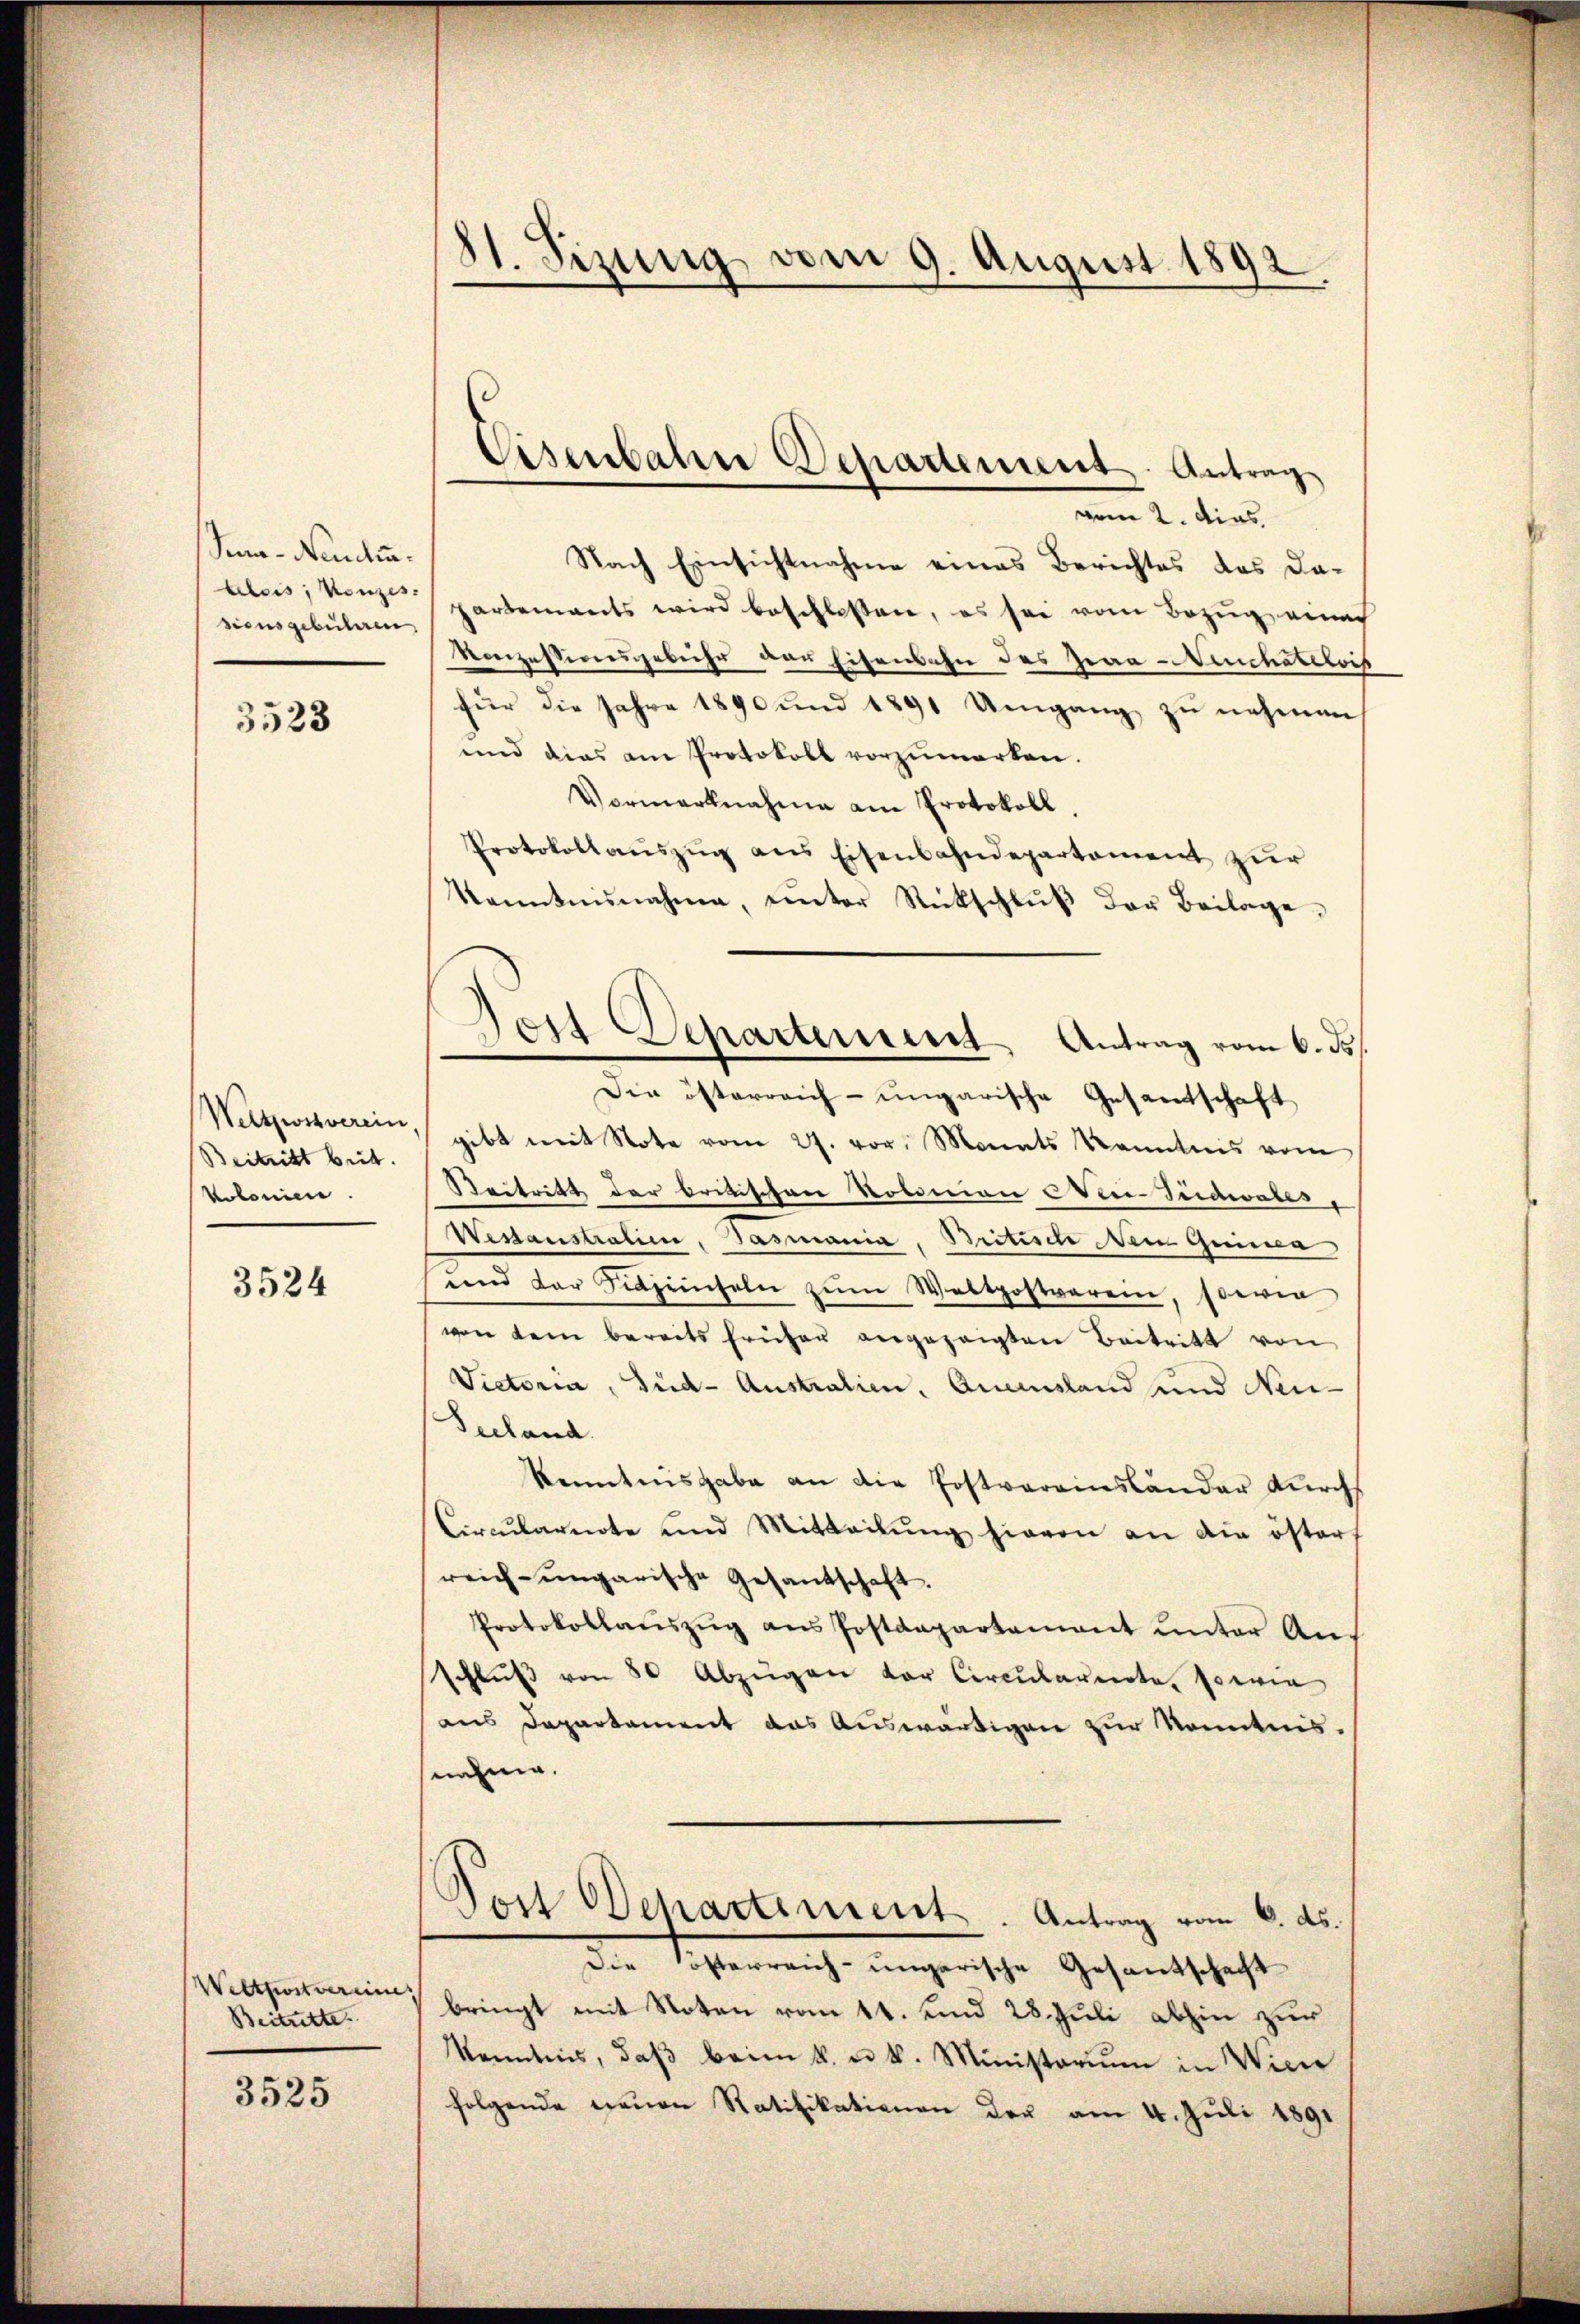
Jena - Neude.
siensgebühren,

3523

Weltzwssverein,
Beitritt beit.
koloniere

3524

Weltfort vereines
Beitritte

3525

81. Sizung vom 9. August 1892.

vom 2. dies
Nach Einsichtnahme eines Berichtes des Da-
alsis, von spartements wird beschloßen, es sei vom Bezug eines
Vonzessionsgebühr der Eisenbahn des Zwaa-Neuchatelois
für die Jahre 1890 und 1891 Umgang zŭ nehmen
und dies am Protokoll vorzumerken.
Vormarknahme am Protokoll
Protokollauszug aus Eisenbahndepartement zur
kanntnisnahme, unter Rückschlŭβ der Beilage.
Die österreich- ungarische Gesandtschaft
gibt mit Note vom 27. vor. Monats Kenntnis vom
Beitritt der britischen Robinien CVer Seideales
Wesaustratie, Tasmania, Britische Dein Grima
und der Sitzeinseln zŭm Waltpostverein, sowie
von dem bereits früher angezeigten Beitritt von
Victoria, Jud-Australien, Queensland und Neu-
Seeland.
kenntnisgabe an die Postvereinsländer durchs
Circŭlarnote und Mitteilŭng hievon an die östers
reich-ungarische Gesandschaft.
Protokollaŭszŭg ans Postdepartement ŭnter An-
Schlŭβ von 80 Abzügen der Circŭlarerrte, sowie
aus Departement das Auswärtigen zur Kenntnis.
nehme.
Jost Departement. Antrag vom 6. ds.
Die Kösterreich-ungarische Gesantschaft
bringt mit Noten vom 11. und 28. Juli abhin zur
Kenntnis, daβ beim k. u. k. Ministoriŭm in Wicie
folgende Treuen Ratifikationen der am 4. Juli 1891

Eisenbahn Departement Antrag

Jost Departement, Antrag vom 6. ds.